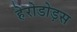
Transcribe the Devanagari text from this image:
हेरोडोड़स